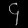
Digit: ၄